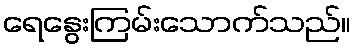
ရေနွေးကြမ်းသောက်သည်။